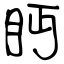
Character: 眄